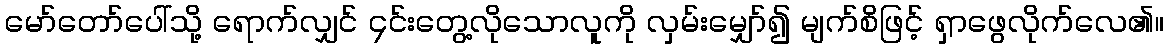
မော်တော်ပေါ်သို့ ရောက်လျှင် ၄င်းတွေ့လိုသောလူကို လှမ်းမျှော်၍ မျက်စိဖြင့် ရှာဖွေလိုက်လေ၏။